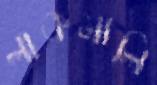
লাকমালি